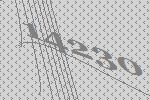
14230